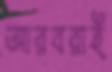
আরবরাই